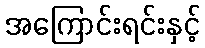
အကြောင်းရင်းနှင့်